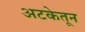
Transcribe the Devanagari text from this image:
अटकेतून